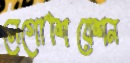
নেগোশিয়েশন